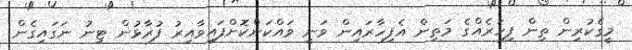
މީގެކުރިން ތިން ފިހަރެއްގެ މަތިން އެފިހާރައިން ވަނީ ވައްކަންކޮށްފައިވާއިރު ފުރާޅުން ޓިނު ނަގައިގެން